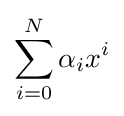
\sum _{i=0}^{N}\alpha _{i}x^{i}